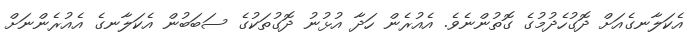
އެކަލާނގެއަށް ދޮގުހެދުމުގެ ގޮތުންނެވެ. އެއުރެން ހަދާ އުޅުނު ދޮގުތަކުގެ ސަބަބުން އެކަލާނގެ އެއުރެންނަށް